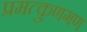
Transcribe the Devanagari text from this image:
प्रमत्कुणगण